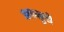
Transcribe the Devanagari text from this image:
अस्सुरों